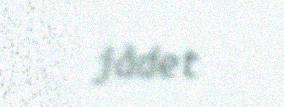
jådet